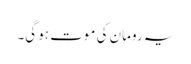
یہ رومان کی موت ہو گی۔